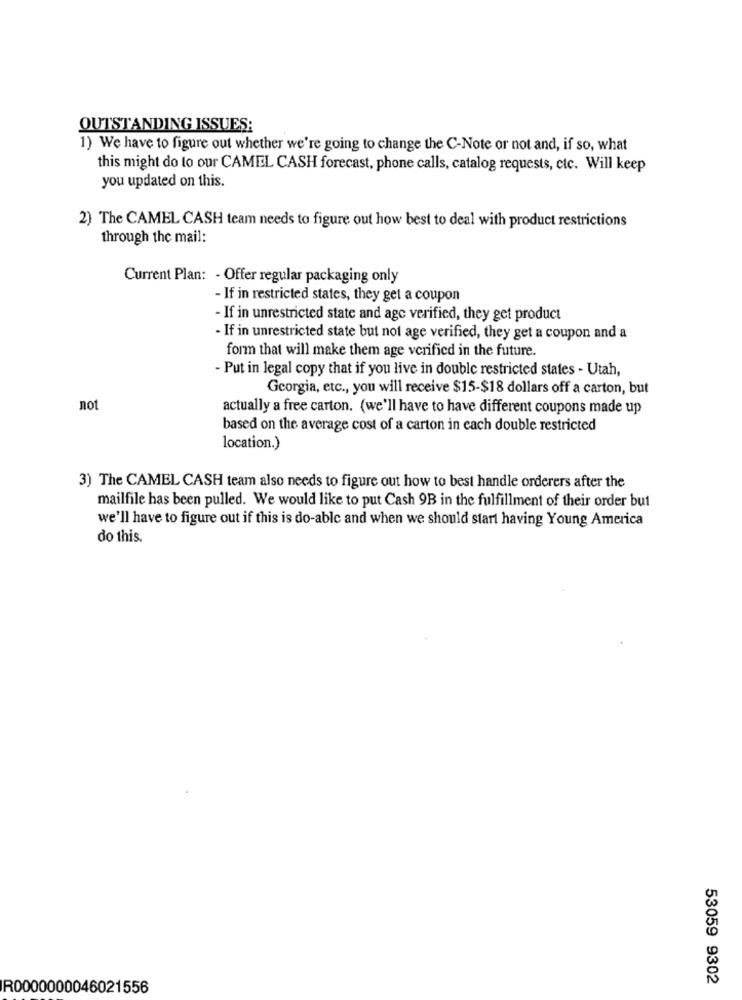
OUTSTANDING ISSUES:
1) We have to figure out whether we're going to change the C-Note or not and, if so, what
this might do to our CAMEL CASH forecast, phone calls, catalog requests, etc. Will keep
you updated on this.
2) The CAMEL CASH team needs to figure out how best to deal with product restrictions
through the mail:
Current Plan: - Offer regular packaging only
- If in restricted states, they get a coupon
- If in unrestricted state and age verified, they get product
-If in unrestricted state but not age verified, they get a coupon and a
form that will make them age verified in the future.
- Put in legal copy that if you live in double restricted states - Utah,
Georgia, etc ., you will receive $15-$18 dollars off a carton, but
not
actually a free carton. (we'll have to have different coupons made up
based on the average cost of a carton in each double restricted
location.)
3) The CAMEL CASH team also needs to figure out how to best handle orderers after the
mailfile has been pulled. We would like to put Cash 9B in the fulfillment of their order but
we'll have to figure out if this is do-able and when we should start having Young America
do this
53059 9302
R0000000046021556